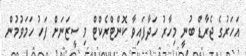
އަހަރުގެ ޖެރާޑް ބުނީ މިހާރު ހަދާފައިވާ ކޮންޓްރެކްޓް މި ސީޒަނަށް ފަހު ހަމަވުމުން